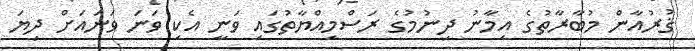
ޤުރުއާން މުބާރާތުގެ އިމާނު ދިނުމުގެ ރަސްމިއްޔާތުގައި ވަނީ އެކި ވަނަ ވަނައަށް ދިޔަ